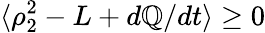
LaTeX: \langle\rho_{2}^{2}-L+d\mathbb{Q}/dt\rangle\geq0